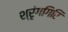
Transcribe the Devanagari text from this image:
श्रृंगगिरि